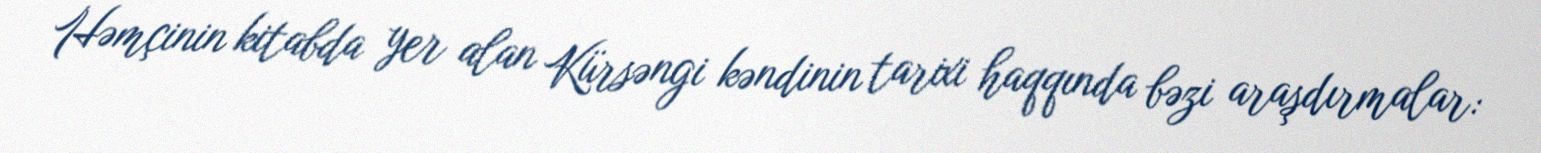
Həmçinin kitabda yer alan Kürsəngi kəndinin tarixi haqqında bəzi araşdırmalar: